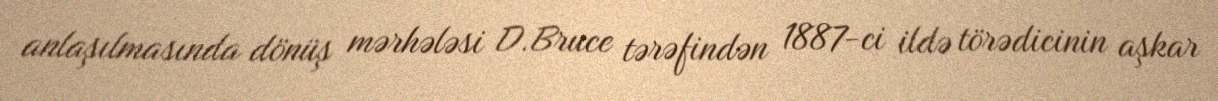
anlaşılmasında dönüş mərhələsi D.Bruce tərəfindən 1887-ci ildə törədicinin aşkar